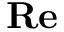
\mathbf { R e }